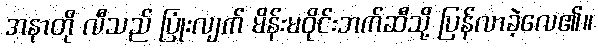
အနာတို လီသည် ပြုံးလျက် မိန်းမဝိုင်းဘက်ဆီသို့ ပြန်လာခဲ့လေ၏။